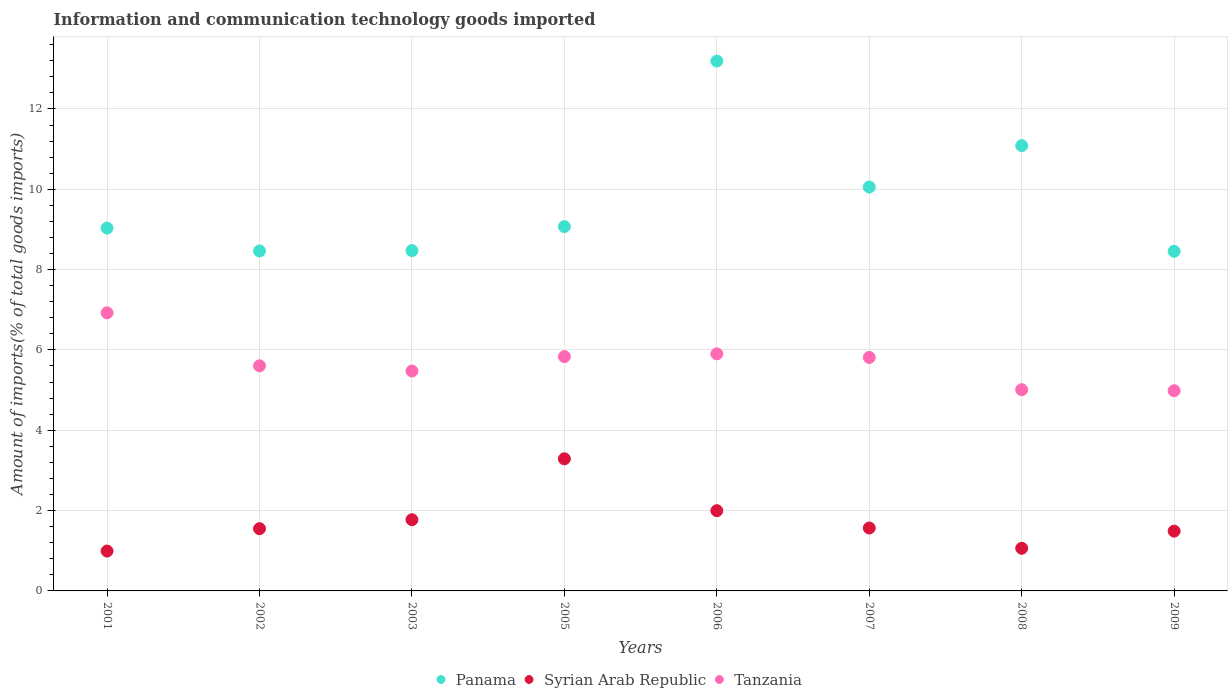
| Years | Panama | Syrian Arab Republic | Tanzania |
 | --- | --- | --- | --- |
 | 2001 | 9.03 | 0.992 | 6.92 |
 | 2002 | 8.46 | 1.55 | 5.6 |
 | 2003 | 8.47 | 1.77 | 5.47 |
 | 2005 | 9.07 | 3.29 | 5.83 |
 | 2006 | 13.2 | 2 | 5.9 |
 | 2007 | 10.1 | 1.57 | 5.81 |
 | 2008 | 11.1 | 1.06 | 5.01 |
 | 2009 | 8.46 | 1.49 | 4.98 |